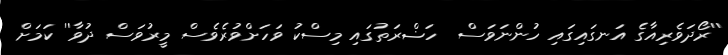
''ރޯދަވެރިއާގެ އަނގައިގައި ހުންނަވަސް  ހަޟްރަތުގައި މިސްކު ވަހަށްވުރެވެސް މީރުވަސް ދުވާ'' ކަމަށް